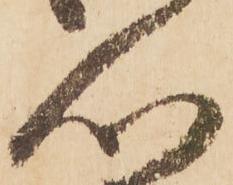
心